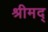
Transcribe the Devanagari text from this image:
श्रीमद्‌